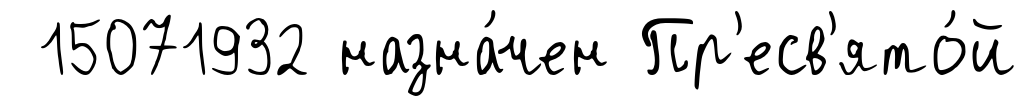
15071932 назна́чен Пр'есв'ято́й